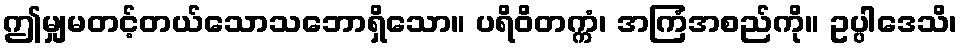
ဤမျှမတင့်တယ်သောသဘောရှိသော။ ပရိဝိတက္ကံ၊ အကြံအစည်ကို။ ဥပ္ပါဒေသိ၊